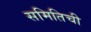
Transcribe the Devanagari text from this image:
समितिची